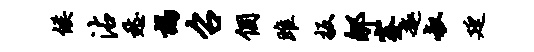
候沾愁谒召个雎扳郇蹇趣叔廷